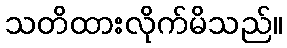
သတိထားလိုက်မိသည်။